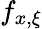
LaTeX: f_{x,\xi}